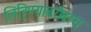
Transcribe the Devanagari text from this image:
लिहिण्याबरोबरच